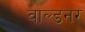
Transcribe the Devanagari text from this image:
वाल्डनर